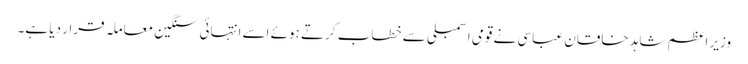
وزیر اعظم شاہد خاقان عباسی نے قومی اسمبلی سے خطاب کرتے ہوئے اسے انتہائی سنگین معاملہ قرار دیا ہے۔